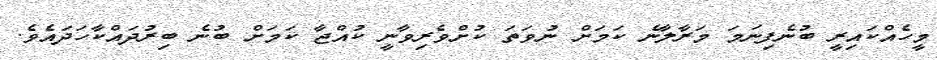
މީހެއްކައިރީ ބުނެފިނަމަ މަރާލާނެ ކަމަށް ނުވަތަ ކުށްވެރިވާނީ ކުއްޖާ ކަމަށް ބުނެ ބިރުދައްކާހަދައެވެ.